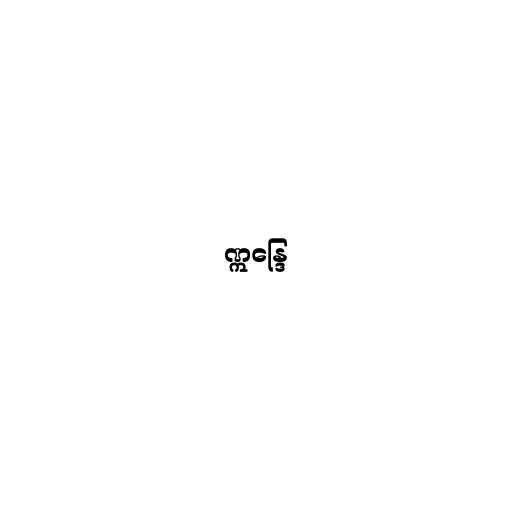
ဣန္ဒြေ